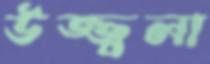
উজ্জ্বলা